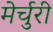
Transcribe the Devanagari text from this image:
मेर्चुरी